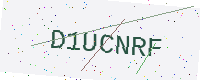
Text: D1UCNRF